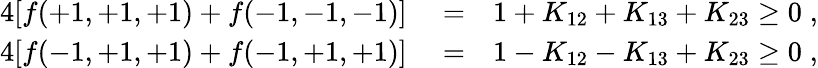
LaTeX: \begin{array}{rlr}{4[f(+1,+1,+1)+f(-1,-1,-1)]}&{{}=}&{1+K_{12}+K_{13}+K_{23}\ge 0\; ,}\\ {4[f(-1,+1,+1)+f(-1,+1,+1)]}&{{}=}&{1-K_{12}-K_{13}+K_{23}\ge 0\; ,}\end{array}